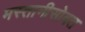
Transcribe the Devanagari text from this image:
मस्तानीसोबत